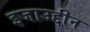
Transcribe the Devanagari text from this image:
इजाउद्दीन